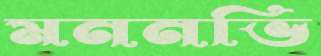
মননভি